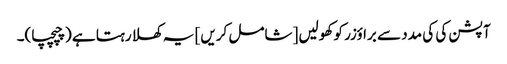
آپشن کی کی مدد سے براؤزر کو کھولیں [شامل کریں] یہ کھلا رہتا ہے (چپچپا)۔